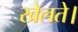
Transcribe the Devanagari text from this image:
खेलते।